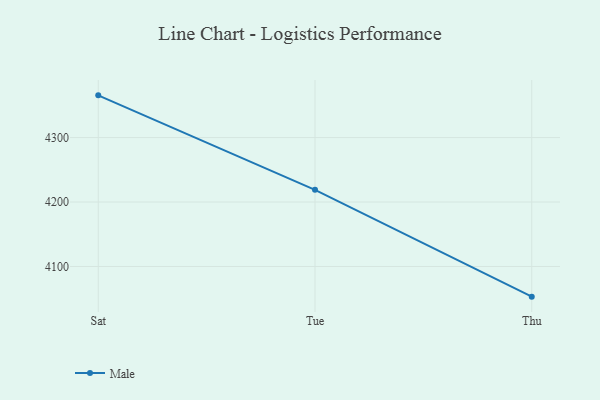
{"axis": {"x": "Day", "y": "Conversion Rate (%)"}, "legend": ["Male"], "data": [{"x": "Sat", "y": 4365.5, "type": "Male"}, {"x": "Tue", "y": 4218.9, "type": "Male"}, {"x": "Thu", "y": 4053.2, "type": "Male"}]}